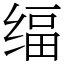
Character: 䌿